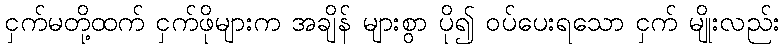
ငှက်မတို့ထက် ငှက်ဖိုများက အချိန် များစွာ ပို၍ ဝပ်ပေးရသော ငှက် မျိုးလည်း